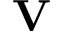
\mathbf { V }